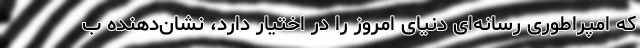
که امپراطوری رسانه‌ای دنیای امروز را در اختیار دارد، نشان‌دهنده ب